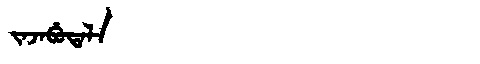
Manchu: ᠵᠠᠵᠠᠪᡠᡨᠠᠯᠠ
Romanization: JAJABUTALA